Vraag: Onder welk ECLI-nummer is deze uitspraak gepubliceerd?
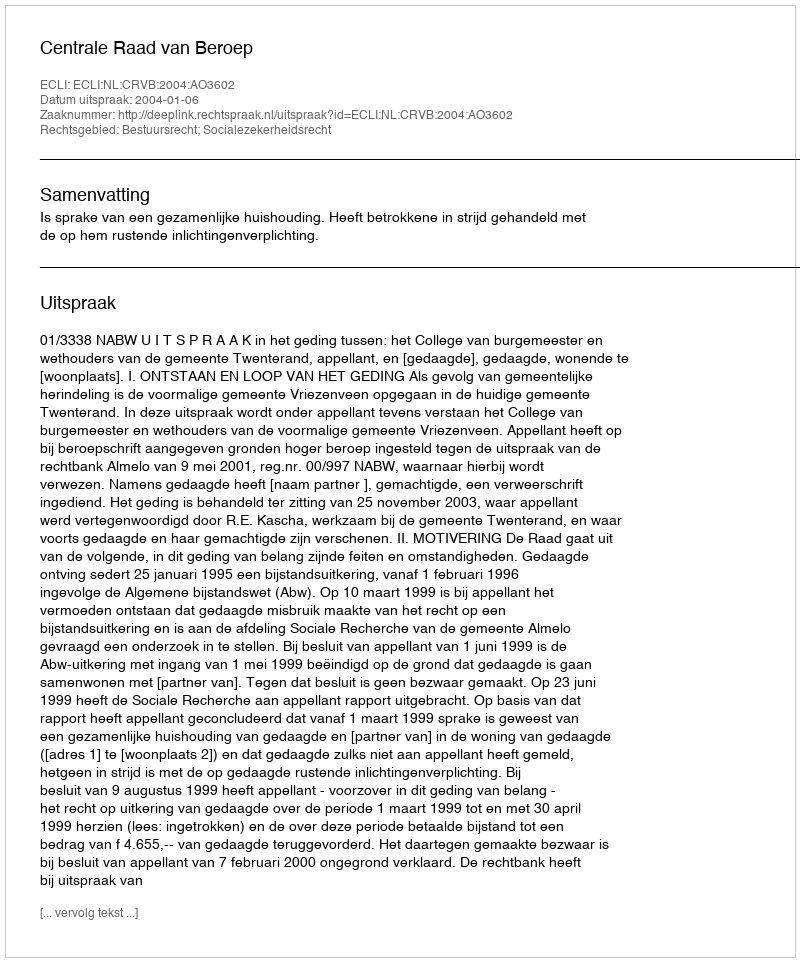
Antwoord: ECLI:NL:CRVB:2004:AO3602